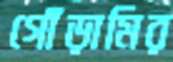
গোঁড়ামির